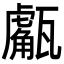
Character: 𤮝